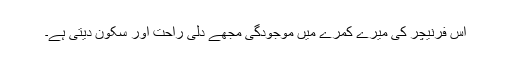
اس فرنیچر کی میرے کمرے میں موجودگی مجھے دلی راحت اور سکون دیتی ہے۔